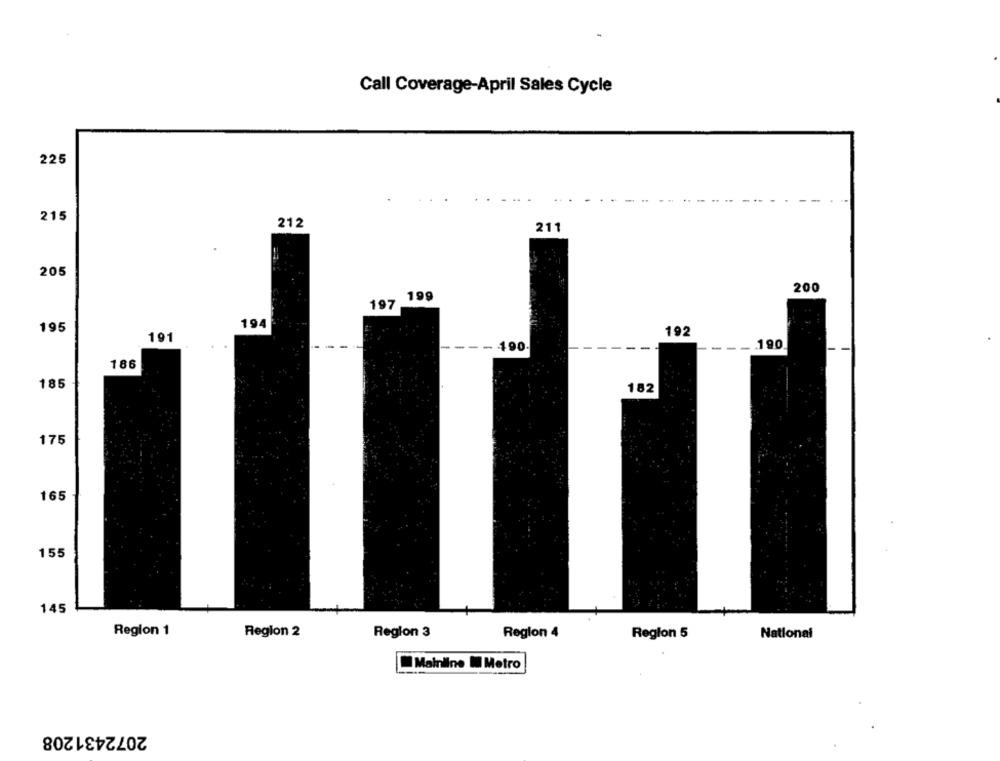
Call Coverage-April Sales Cycle
225
215
212
211
205
200
199
197
194
195
192
191
---
--- 190
186
185
182
175
165
155
145
Region 1
Region 2
Region 3
Region 4
Region 5
National
Mainline I Metro
2072431208